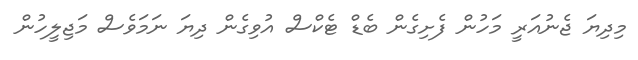
މިދިޔަ ޖެނުއަރީ މަހުން ފެށިގެން ބެޑް ޓެކްސް އުވިގެން ދިޔަ ނަމަވެސް މަޖިލީހުން